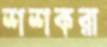
শশকরা